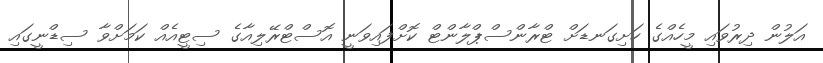
އަލުން ދިރުވައި މީހެއްގެ ހަށިގަނޑަށް ޓްރާންސްޕްލާންޓް ކޮށްފައިވަނީ އޮސްޓްރޭލިއާގެ ސިޓީއެއް ކަމަށްވާ ސިޑްނީގައި